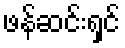
ဖန်ဆင်းရှင်